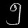
Digit: ၅